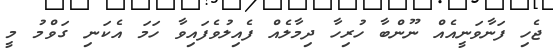
ޖެހި ފަނާވަނީއެއް ނޫންބާ ހުރިހާ ދިމާލެއް ފެއިލުވެފައިވާ ހަމަ އެކަނި ގަވްމު މީ